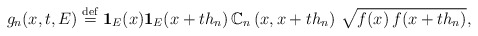
\begin{align*}g_{n}(x,t,E)\stackrel{\rm def}{=}{\bf 1}_{E}(x){\bf 1}_{E}(x+th_{n})\,{\Bbb C}_{n}\left( x,x+th_{n}\right) \,\sqrt{f(x)\,f(x+th_{n})}, \end{align*}